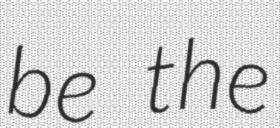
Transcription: be the